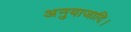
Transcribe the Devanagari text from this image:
अनुयाजादि।